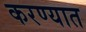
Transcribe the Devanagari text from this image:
करण्यात